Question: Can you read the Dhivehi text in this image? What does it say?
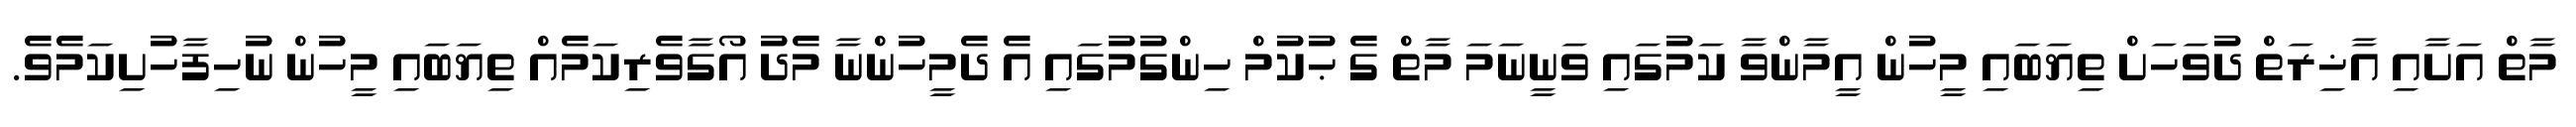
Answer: މާތް އަށާއި އާޚިރަތް ދުވަހަށް ތިޔަބައި މީހުން އީމާންވާ ކަމުގައި ވަނީނަމަ މާތް ގެ ޙުކުމް ހިންގުމުގައި އެ ދެމީހުންނާ މެދު އޯގާވެރިކަމެއް ތިޔަބައި މީހުން ނުހިފާހުށިކަމެވެ.